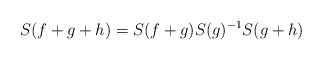
\begin{align*}{S(f+g+h)=S(f+g)S(g)^{-1}S(g+h)} \end{align*}